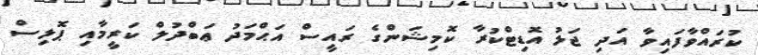
ކުރައްވާފައިވާ އަދި ޖަލު އޮޑިޓްކުރާ ކޮމިޝަންގެ ރައީސް އަޙްމަދު ޢަބްދުލް ކަރީމާއި ޕޮލިސް